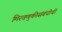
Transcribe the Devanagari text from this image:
मिरवणुकीसंबंधीची